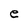
Character: e